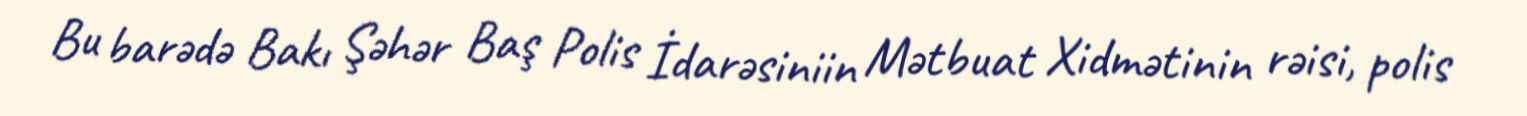
Bu barədə Bakı Şəhər Baş Polis İdarəsiniin Mətbuat Xidmətinin rəisi, polis